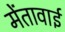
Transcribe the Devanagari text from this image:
मेंतावाई